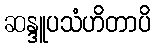
ဆန္ဒူပသံဟိတာပိ